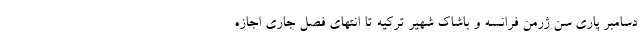
دسامبر پاری سن ژرمن فرانسه و باشاک شهیر ترکیه تا انتهای فصل جاری اجازه